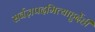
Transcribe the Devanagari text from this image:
सर्वज्ञपदमित्याहुर्देही